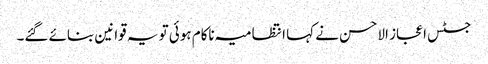
جسٹس اعجاز الاحسن نے کہا انتظامیہ ناکام ہوئی تو یہ قوانین بنائے گئے۔